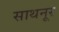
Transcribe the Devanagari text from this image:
साथनूर